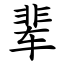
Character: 辈